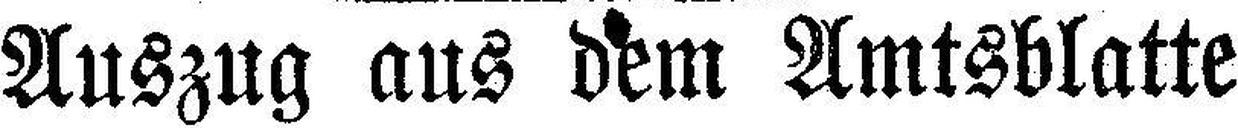
Auszug aus dem Amtsblatte